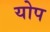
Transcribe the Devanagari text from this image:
योप